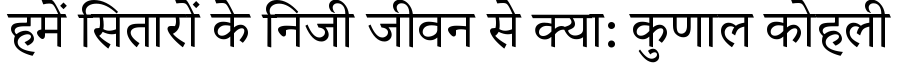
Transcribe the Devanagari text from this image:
हमें सितारों के निजी जीवन से क्या: कुणाल कोहली